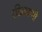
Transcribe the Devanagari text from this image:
रठिकाणी